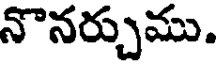
నొనర్చుము.